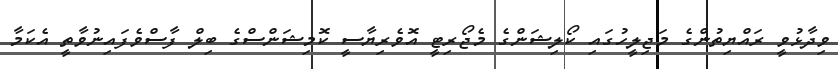
ވިދާޅުވީ ރައްޔިތުންގެ މަޖިލީހުގައި ކޯލިޝަންގެ މެޖޯރިޓީ އޮވެރިޔާސީ ކޮމިޝަންސްގެ ބިލް ފާސްވެފައިނުވާތީ އެކަމާ